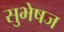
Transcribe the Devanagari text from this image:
सुभेषज